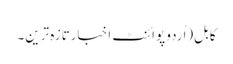
کابل(اُردو پوائنٹ اخبارتازہ ترین۔